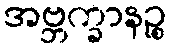
အဗ္ဘက္ခာနဉ္စ